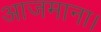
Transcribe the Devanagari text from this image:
आजमाना।